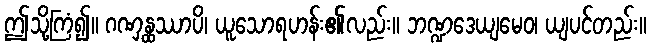
ဤသို့ကြံ၍။ ဂဏှန္ထဿာပိ၊ ယူသောရဟန်း၏လည်း။ ဘဏ္ဍဒေယျမေဝ၊ ယျပင်တည်း။